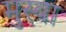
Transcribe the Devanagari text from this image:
मुस्बा